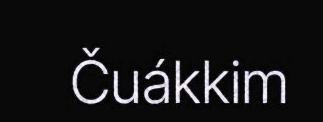
Čuákkim